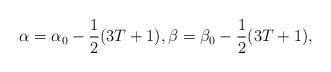
LaTeX: \begin{align*}\alpha=\alpha_0-\frac{1}{2}(3T+1), \beta=\beta_0-\frac{1}{2}(3T+1),\end{align*}